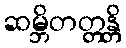
ဆမ္ဘိတတ္တန္တိ